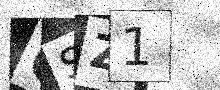
Text: GSZ1